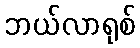
ဘယ်လာရုစ်